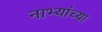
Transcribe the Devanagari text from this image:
नाभ्यांच्या